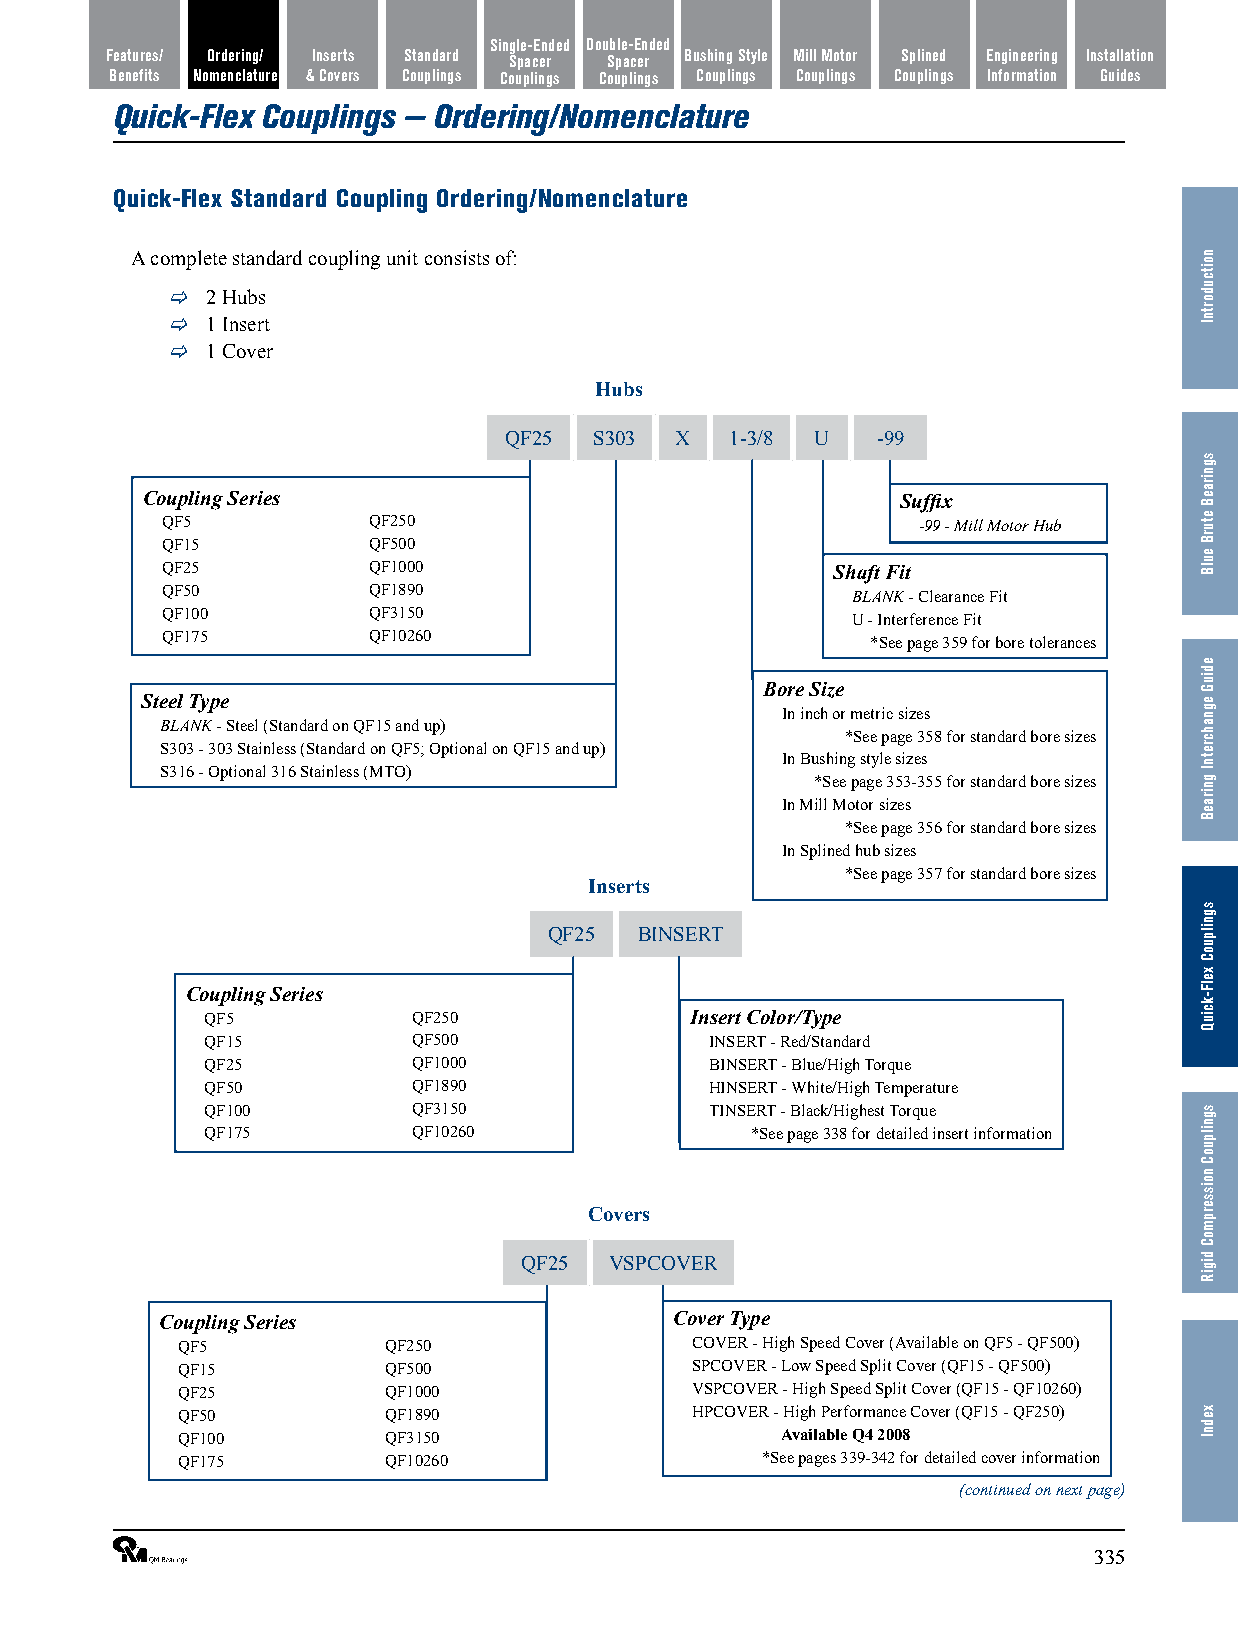
Single-Ended Double-Ended
 Features/ Ordering/ Inserts Standard Spacer Spacer Bushing Style Mill Motor Splined Engineering Installation
 Benefits Nomenclature & Covers Couplings Couplings Couplings Couplings Couplings Couplings Information Guides
 Quick-Flex Couplings — Ordering/Nomenclature
 Quick-Flex Standard Coupling Ordering/Nomenclature
 A complete standard coupling unit consists of:
   2 Hubs
   1 Insert
   1 Cover
 Hubs
 QF25  S303  X  1-3/8 U   -99
 Coupling Series                                    Suffix
 QF5          QF250                                -99 - Mill Motor Hub
 QF15         QF500
 QF25         QF1000                         Shaft Fit
 QF50         QF1890                          BLANK - Clearance Fit
 QF100        QF3150                          U - Interference Fit
 QF175        QF10260                           *See page 359 for bore tolerances
 Bore Size
 Steel Type
 In inch or metric sizes
 BLANK - Steel (Standard on QF15 and up)
 *See page 358 for standard bore sizes
 S303 - 303 Stainless (Standard on QF5; Optional on QF15 and up)
 In Bushing style sizes
 S316 - Optional 316 Stainless (MTO)
 *See page 353-355 for standard bore sizes
 In Mill Motor sizes
 *See page 356 for standard bore sizes
 In Splined hub sizes
 *See page 357 for standard bore sizes
 Inserts
 QF25  BINSERT
 Coupling Series
 QF5          QF250              Insert Color/Type
 QF15         QF500               INSERT - Red/Standard
 QF25         QF1000              BINSERT - Blue/High Torque
 QF50         QF1890              HINSERT - White/High Temperature
 QF100        QF3150              TINSERT - Black/Highest Torque
 QF175        QF10260                *See page 338 for detailed insert information
 Covers
 QF25  VSPCOVER
 Coupling Series                   Cover Type
 QF5          QF250                COVER - High Speed Cover (Available on QF5 - QF500)
 QF15         QF500                SPCOVER - Low Speed Split Cover (QF15 - QF500)
 QF25         QF1000               VSPCOVER - High Speed Split Cover (QF15 - QF10260)
 QF50         QF1890               HPCOVER - High Performance Cover (QF15 - QF250)
 QF100        QF3150                     Available Q4 2008
 QF175        QF10260                  *See pages 339-342 for detailed cover information
 (continued on next page)
 ®                                                              335
 noitcudortnI
 sgniraeB
 eturB
 eulB
 ediuG
 egnahcretnI
 gniraeB
 sgnilpuoC
 xelF-kciuQ
 sgnilpuoC
 noisserpmoC
 digiR
 xednI